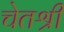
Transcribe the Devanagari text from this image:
चेतश्री